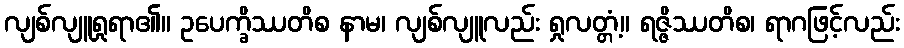
လျစ်လျူရှုရာ၏။ ဥပေက္ခိဿတိစ နာမ၊ လျစ်လျူလည်း ရှုလတ္တံ့။ ရဇ္ဇိဿတိစ၊ ရာဂဖြင့်လည်း